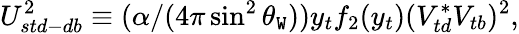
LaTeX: U_{std-db}^{2}\equiv(\alpha/(4\pi\sin^{2}{\theta_{\mathtt{W}}}))y_{t}f_{2}(y_{t})(V_{td}^{*}V_{tb})^{2},